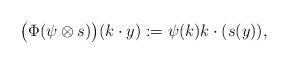
LaTeX: \begin{align*}\bigl(\Phi(\psi \otimes s) \bigr)(k\cdot y) := \psi(k) k\cdot (s(y)),\end{align*}